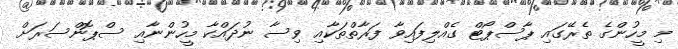
މި މީހުންގެ ތެރޭގައި ޕާސްޕޯޓް ގެއްލިފައިވާ ފަރާތްތަކާއި ވިސާ ނުދައްކާ މީހުންނާއި ސްޕޮންސަރަށް